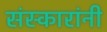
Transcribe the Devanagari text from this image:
संस्कारांनी